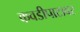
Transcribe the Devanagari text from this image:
कवडीपाटावर